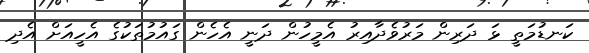
ކަނޑުމަތީ ޅަ ދަރިން މަރުވެދާއިރު އެމީހުން ދަނީ އެހެން ގައުމުތަކުގެ އެހީއަށް އެދި